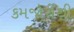
કમજોરીથી